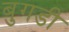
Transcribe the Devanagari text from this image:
बुगडी